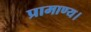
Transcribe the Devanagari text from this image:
प्रामाण्य।